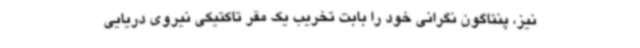
نیز، پنتاگون نگرانی خود را بابت تخریب یک مقر تاکتیکی نیروی دریایی